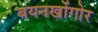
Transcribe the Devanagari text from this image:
बयनखोंगोर